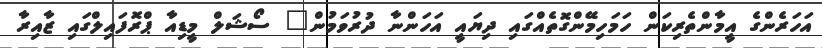
އަހަރެންގެ އީމާންތެރިކަން ހަމަހިމޭންގޮތެއްގައި ދިޔައީ އަހަންނާ ދުރުވަމުން" ސޯޝަލް މީޑިއާ ޕްރޮފައިލްގައި ޒާއިރާ